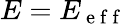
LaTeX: E=E_{\mathrm{~e~f~f~}}